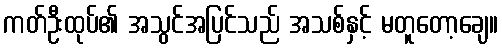
ကတ်ဦးထုပ်၏ အသွင်အပြင်သည် အသစ်နှင့် မတူတော့ချေ။